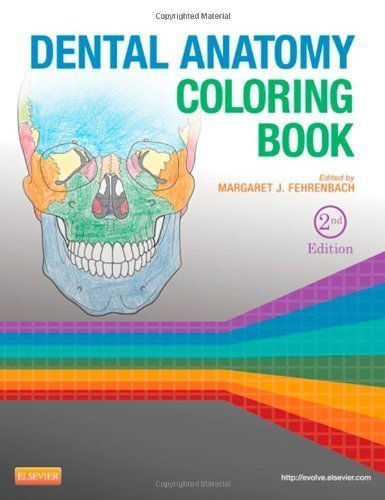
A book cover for Dental Anatomy Coloring Book, 2e by Fehrenbach RDH MS, Margaret J. Published by Saunders 2nd (second) edition (2013) Paperback; Medical Books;